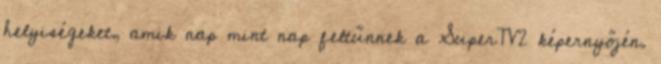
helyiségeket, amik nap mint nap feltűnnek a SuperTV2 képernyőjén.